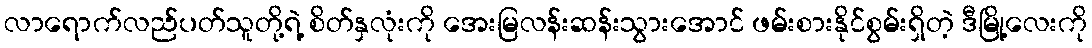
လာရောက်လည်ပတ်သူတို့ရဲ့ စိတ်နှလုံးကို အေးမြလန်းဆန်းသွားအောင် ဖမ်းစားနိုင်စွမ်းရှိတဲ့ ဒီမြို့လေးကို